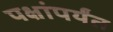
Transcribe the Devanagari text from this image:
पक्षांपर्यंत